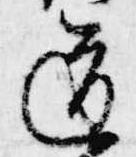
道